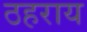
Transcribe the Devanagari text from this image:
ठहराय